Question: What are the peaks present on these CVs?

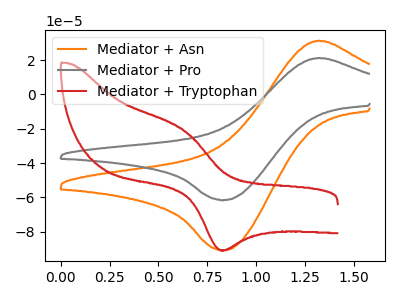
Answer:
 <answer>The orange curve "Mediator + Asn" has an anodic peak at (1.30V, 31.40uA) and a cathodic peak at (0.85V, -90.85uA). The gray curve "Mediator + Pro" has an anodic peak at (1.30V, 21.25uA) and a cathodic peak at (0.85V, -61.55uA). The red curve "Mediator + Tryptophan" has an anodic peak at (0.65V, -21.15uA) and a cathodic peak at (0.85V, -90.80uA).</answer>
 <eval></eval>